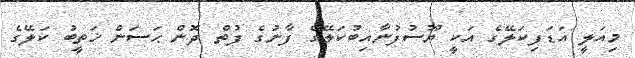
މިއަލީ އަޑަފިކަލޭގެ އަކީ ޔޫސުފުނާއިބުކަލޭގެ ފާނުގެ ފުތް ދޮން ޙަސަން ޚަތީބު ކަލޭގެ